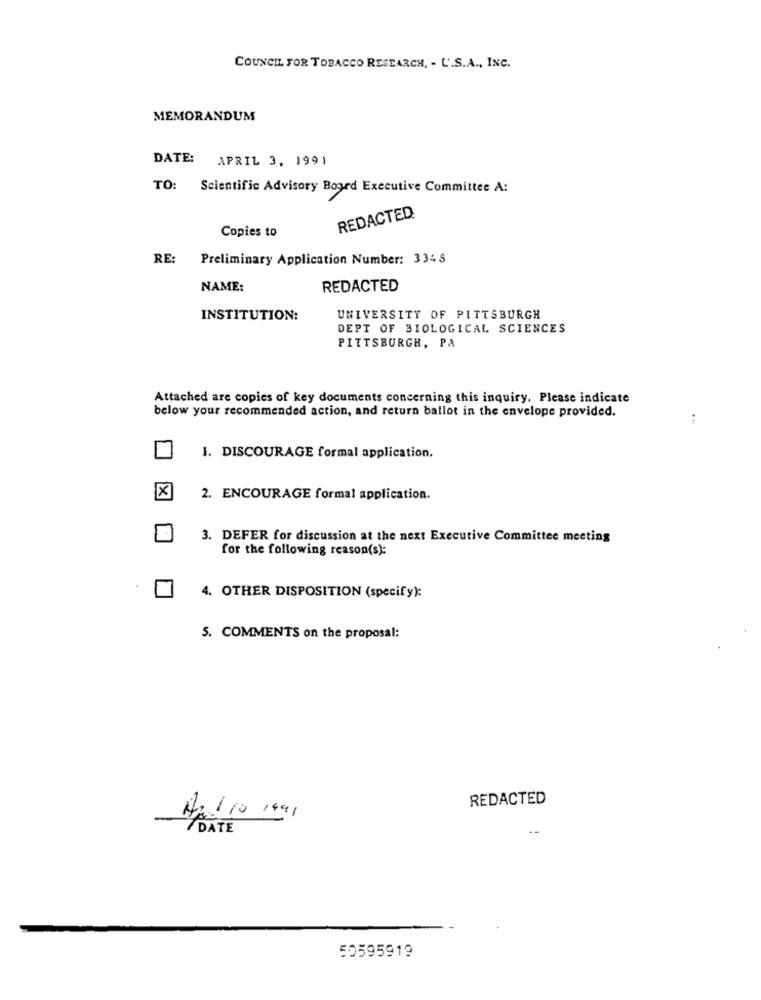
COUNCIL FOR TOBACCO RESEARCH, - U.S.A ., INC.
MEMORANDUM
DATE: APRIL 3, 1991
TO: Scientific Advisory Board Executive Committee A:
REDACTED
Copies to
RE:
Preliminary Application Number: 334 8
NAME:
REDACTED
INSTITUTION:
UNIVERSITY OF PITTSBURGH
DEPT OF BIOLOGICAL SCIENCES
PITTSBURGH, PA
Attached are copies of key documents concerning this inquiry. Please indicate
below your recommended action, and return ballot in the envelope provided.
:
1. DISCOURAGE formal application.
X
2. ENCOURAGE formal application.
3. DEFER for discussion at the next Executive Committee meeting
for the following reason(s):
4. OTHER DISPOSITION (specify):
5. COMMENTS on the proposal:
REDACTED
And 10 1491
DATE
--
50595919